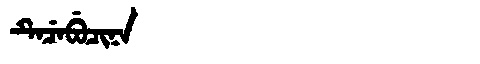
Manchu: ᡨᡝᠴᡝᠪᡠᠴᡳᠨᠠ
Romanization: TECEBUCINA